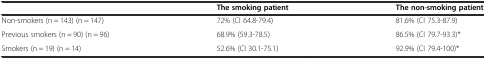
|  | The smoking patient | The non-smoking patient |
 | --- | --- | --- |
 | Non-smokers (n = 143) (n = 147) | 72% (CI 64.8-79.4) | 81.6% (CI 75.3-87.9) |
 | Previous smokers (n = 90) (n = 96) | 68.9% (59.3-78.5) | 86.5% (CI 79.7-93.3)* |
 | Smokers (n = 19) (n = 14) | 52.6% (CI 30.1-75.1) | 92.9% (CI 79.4-100)* |